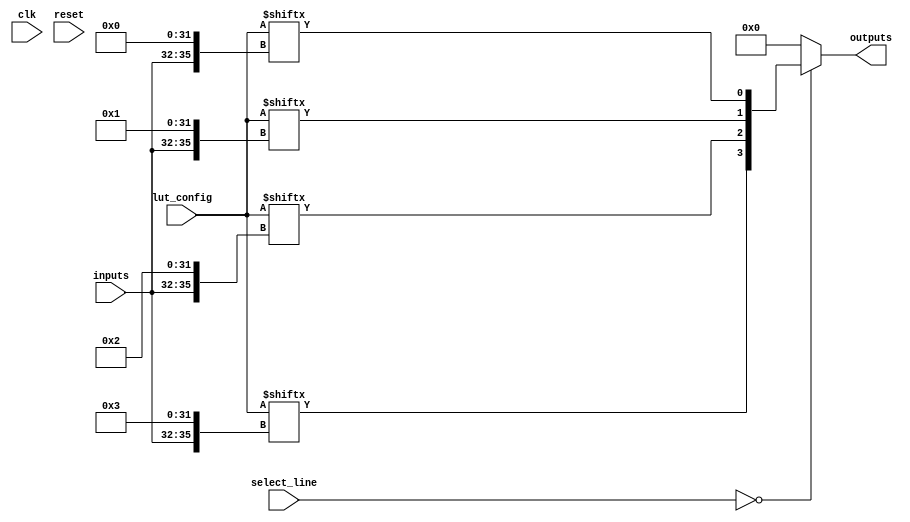
module CLB #(parameter LUT_SIZE = 16, // Adjust LUT size based on your needs
             parameter INPUT_SIZE = 4, // Number of inputs for each LUT
             parameter OUTPUT_SIZE = 4) // Number of outputs
(
    input  wire [INPUT_SIZE-1:0]  inputs,       // Input lines
    input  wire [LUT_SIZE-1:0]     lut_config,   // LUT configuration (truth table)
    input  wire [OUTPUT_SIZE-1:0]  select_line,  // Multiplexer select lines
    output wire [OUTPUT_SIZE-1:0]  outputs,      // Output lines
    input  wire                    clk,           // Global clock signal
    input  wire                    reset          // Global reset signal
);

// Internal signals
wire [OUTPUT_SIZE-1:0] lut_outputs; // Outputs from the LUTs
reg [OUTPUT_SIZE-1:0]  selected_output; // Selected output from the multiplexer

// LUT implementation
genvar i;
generate
    for (i = 0; i < OUTPUT_SIZE; i = i + 1) begin : lut_block
        assign lut_outputs[i] = lut_config[{inputs, i}]; // LUT output based on config and input
    end
endgenerate

// Multiplexer for selecting outputs
always @(*) begin
    case (select_line)
        2'b00: selected_output = lut_outputs;   // Select LUT outputs
        // Add more cases for different configurations as needed
        default: selected_output = 0; // Default case
    endcase
end

// Output assignments
assign outputs = selected_output;

// Feedback mechanism (for complexity)
wire feedback; // Feedback signal
assign feedback = outputs[0]; // Example feedback from the first output

// Optionally, add feedback to LUT or other logic as needed
// For example, modify LUT logic based on feedback
// This section can be expanded based on the design requirements

endmodule